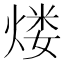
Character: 𤋏